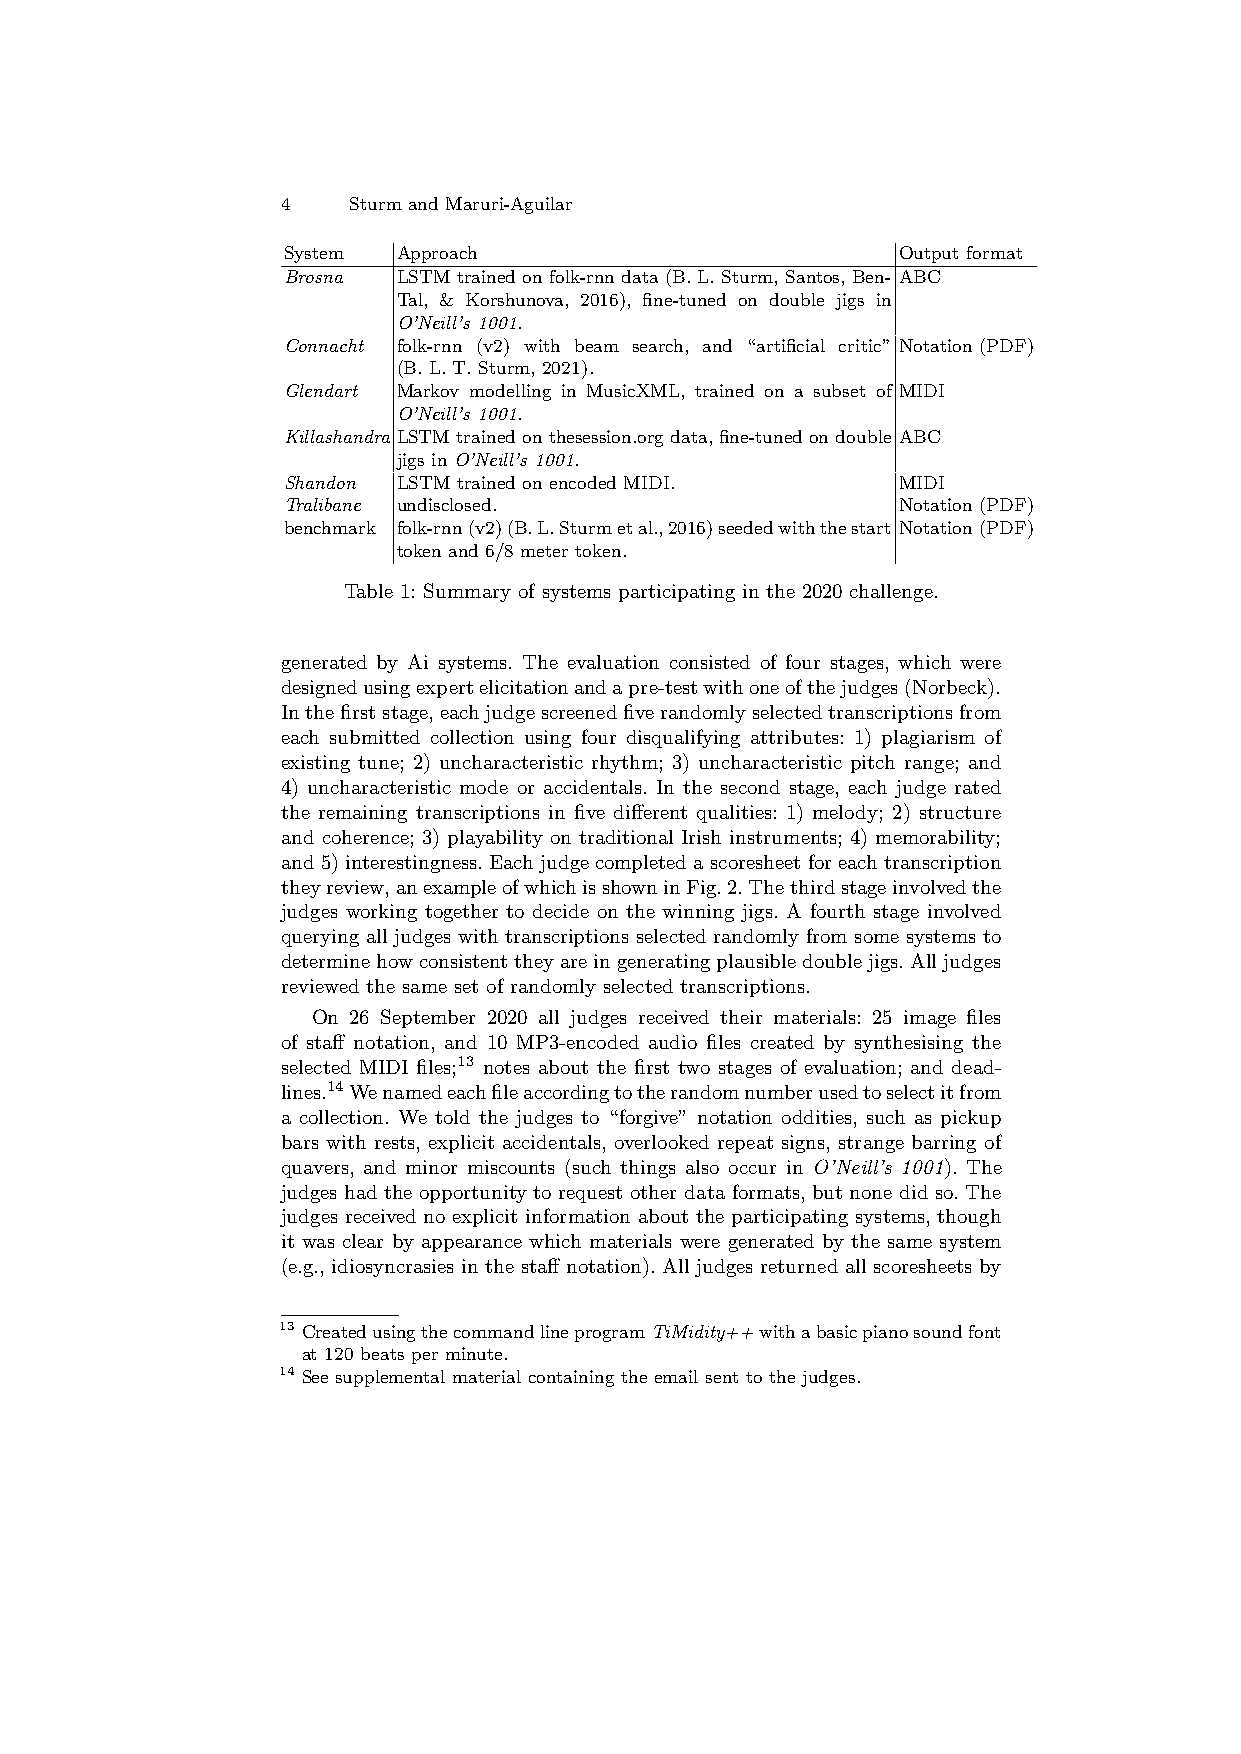
4   Sturm and Maruri-Aguilar
 System Approach                         Output format
 Brosna LSTM trained on folk-rnn data (B. L. Sturm, Santos, Ben- ABC
 Tal, & Korshunova, 2016), fine-tuned on double jigs in
 O’Neill’s 1001.
 Connacht folk-rnn (v2) with beam search, and “artificial critic” Notation (PDF)
 (B. L. T. Sturm, 2021).
 Glendart Markov modelling in MusicXML, trained on a subset of MIDI
 O’Neill’s 1001.
 Killashandra LSTMtrainedonthesession.orgdata,fine-tunedondouble ABC
 jigs in O’Neill’s 1001.
 Shandon LSTM trained on encoded MIDI.   MIDI
 Tralibane undisclosed.                  Notation (PDF)
 benchmark folk-rnn(v2)(B.L.Sturmetal.,2016)seededwiththestart Notation (PDF)
 token and 6/8 meter token.
 Table 1: Summary of systems participating in the 2020 challenge.
 generated by Ai systems. The evaluation consisted of four stages, which were
 designedusingexpertelicitationandapre-testwithoneofthejudges(Norbeck).
 Inthefirststage,eachjudgescreenedfiverandomlyselectedtranscriptionsfrom
 each submitted collection using four disqualifying attributes: 1) plagiarism of
 existing tune; 2) uncharacteristic rhythm; 3) uncharacteristic pitch range; and
 4) uncharacteristic mode or accidentals. In the second stage, each judge rated
 the remaining transcriptions in five different qualities: 1) melody; 2) structure
 and coherence; 3) playability on traditional Irish instruments; 4) memorability;
 and5)interestingness.Eachjudgecompletedascoresheetforeachtranscription
 theyreview,anexampleofwhichisshowninFig.2.Thethirdstageinvolvedthe
 judges working together to decide on the winning jigs. A fourth stage involved
 querying all judges with transcriptions selected randomly from some systems to
 determinehowconsistenttheyareingeneratingplausibledoublejigs.Alljudges
 reviewed the same set of randomly selected transcriptions.
 On 26 September 2020 all judges received their materials: 25 image files
 of staff notation, and 10 MP3-encoded audio files created by synthesising the
 selected MIDI files;13 notes about the first two stages of evaluation; and dead-
 lines.14Wenamedeachfileaccordingtotherandomnumberusedtoselectitfrom
 a collection. We told the judges to “forgive” notation oddities, such as pickup
 bars with rests, explicit accidentals, overlooked repeat signs, strange barring of
 quavers, and minor miscounts (such things also occur in O’Neill’s 1001). The
 judges had the opportunity to request other data formats, but none did so. The
 judges received no explicit information about the participating systems, though
 it was clear by appearance which materials were generated by the same system
 (e.g., idiosyncrasies in the staff notation). All judges returned all scoresheets by
 13 CreatedusingthecommandlineprogramTiMidity++withabasicpianosoundfont
 at 120 beats per minute.
 14 See supplemental material containing the email sent to the judges.